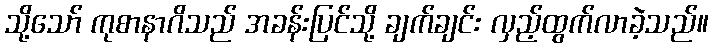
သို့သော် ကုစာနာဂိသည် အခန်းပြင်သို့ ချက်ချင်း လှည့်ထွက်လာခဲ့သည်။